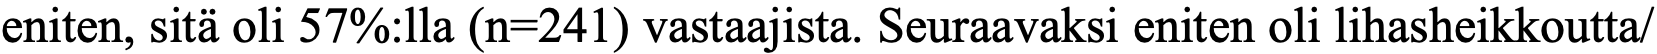
eniten, sitä oli 57%:lla (n=241) vastaajista. Seuraavaksi eniten oli lihasheikkoutta/